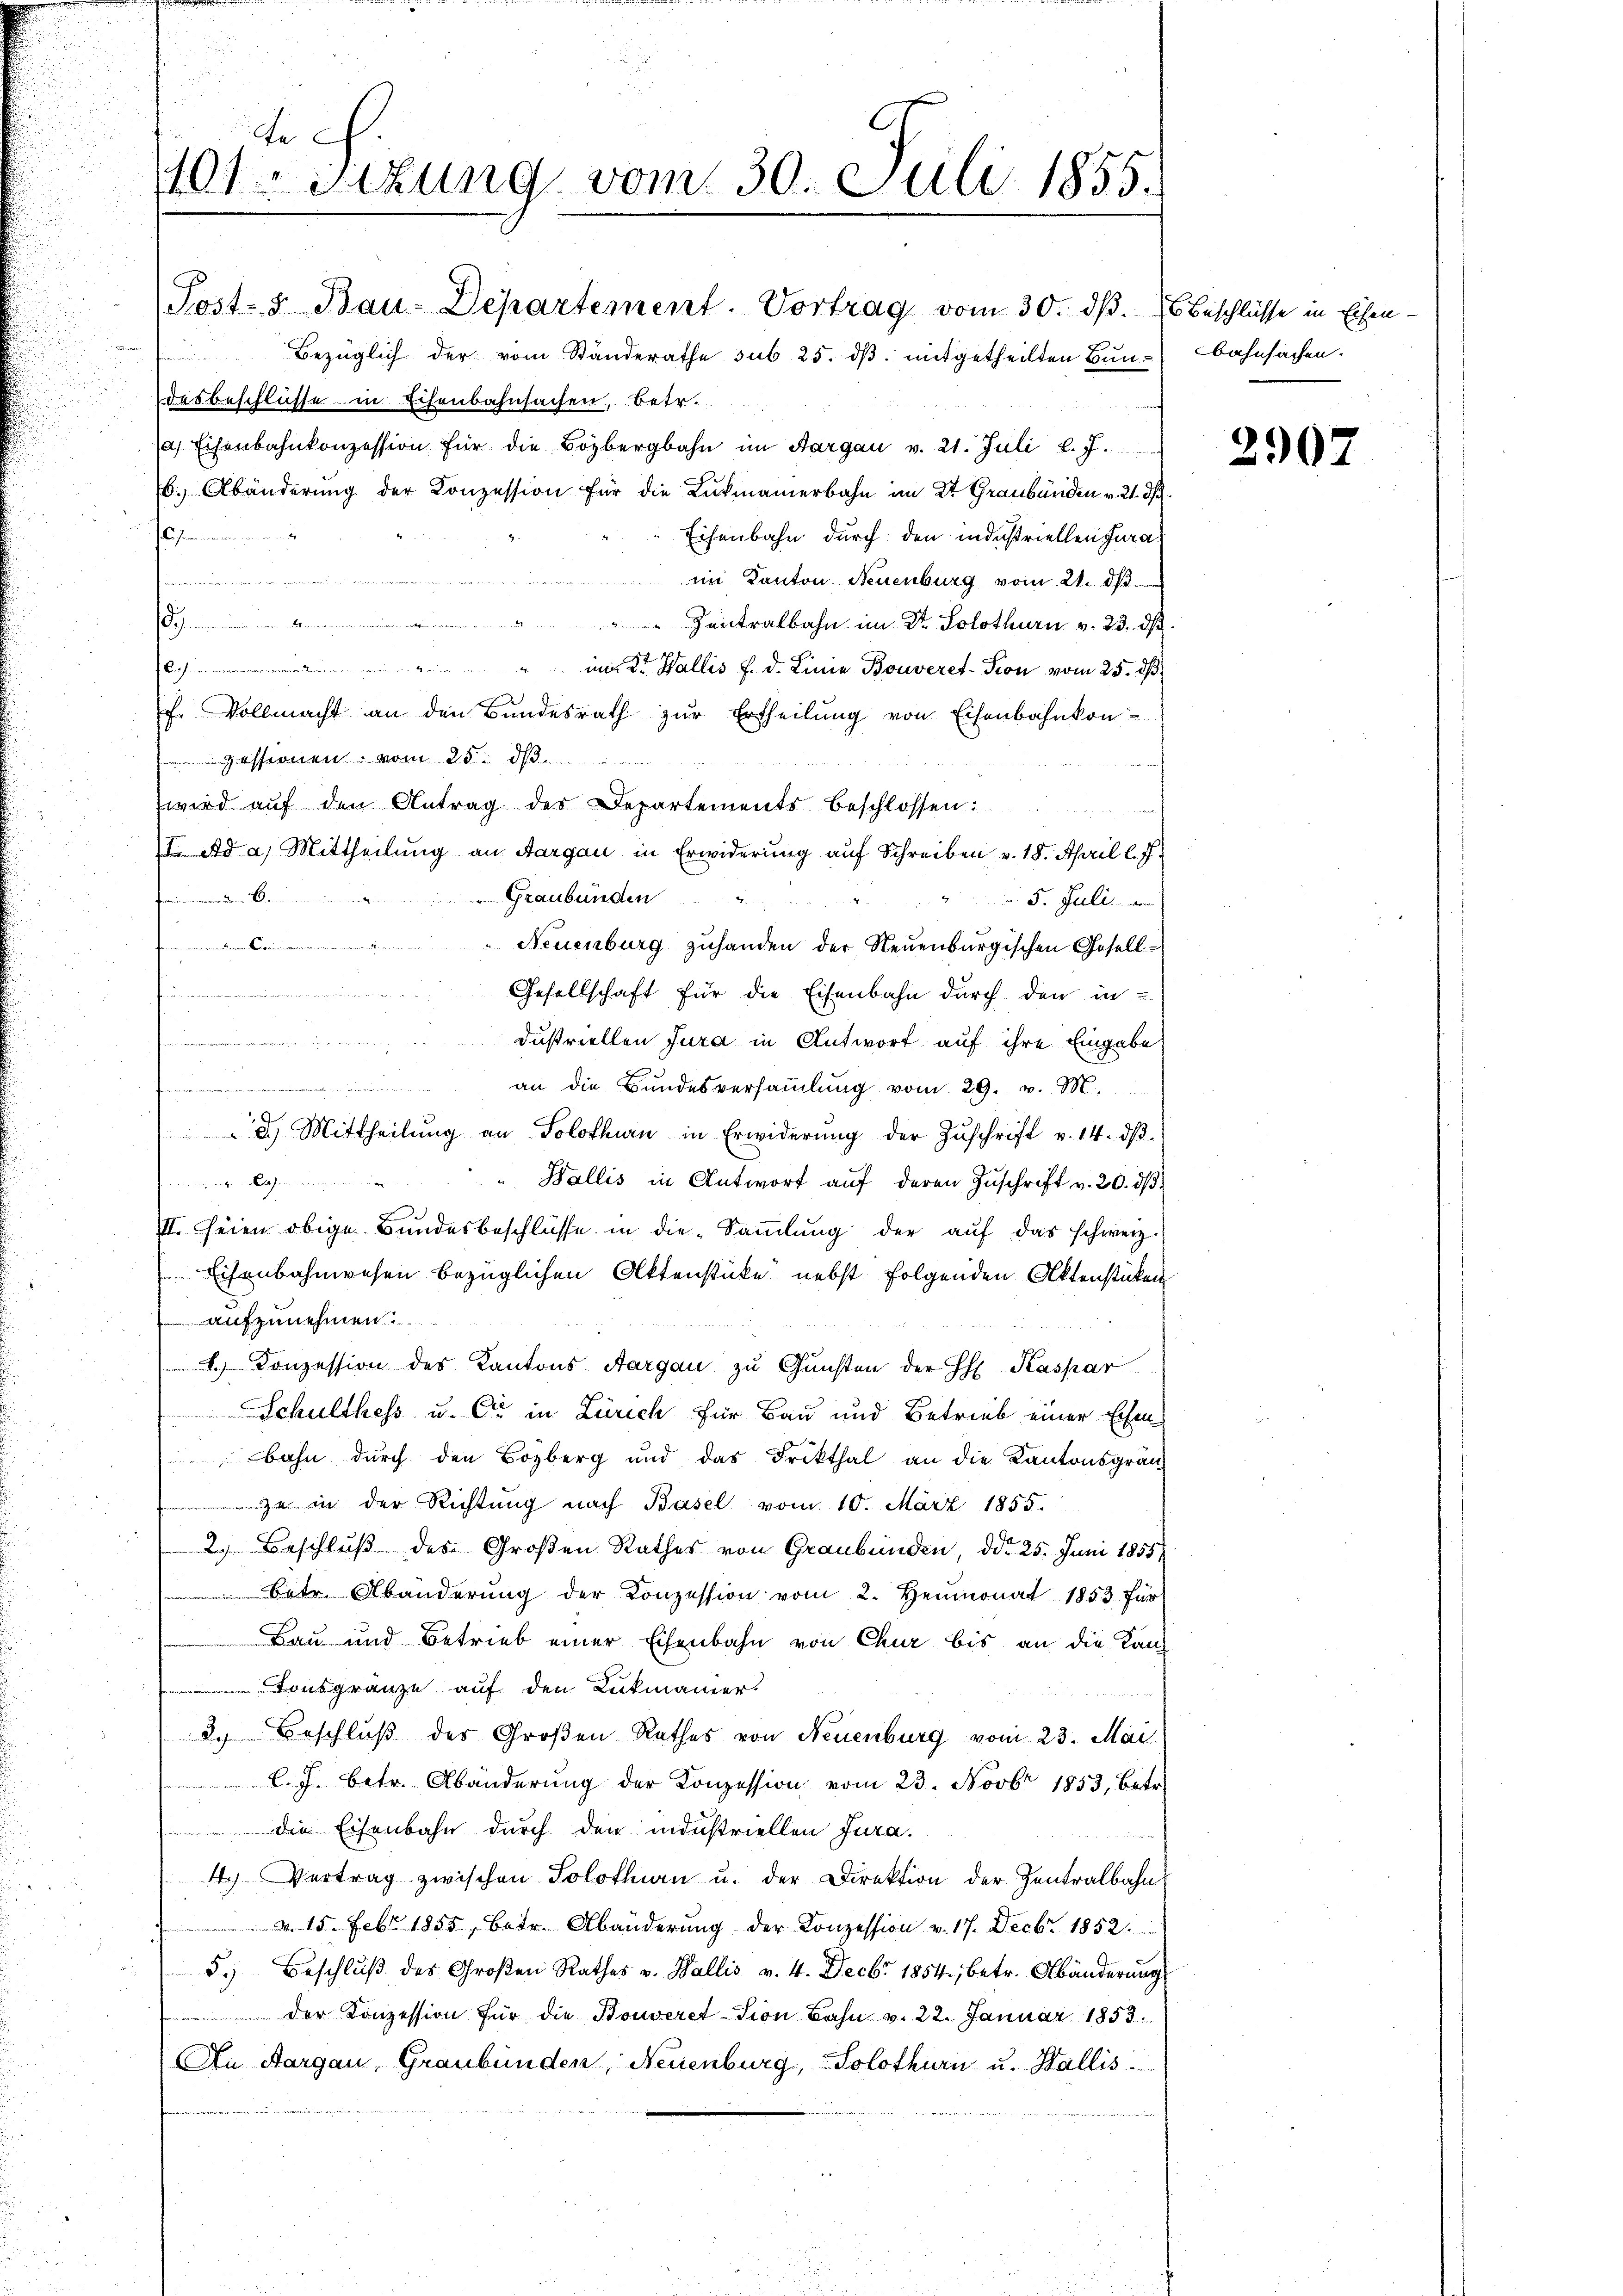
tech
101 Sizung vom 30. Juli 1855.

Post- u Bau-Departement. Vortrag vom 30. dβ. Beschlüsse in Eisen-
Bezüglich der vom Ständerathe sub 25. dβ mitgetheilten Bundesbeschlüsse in Eisenbahnsachen, betr.
a Eisenbahnkonzession für die Bozbergbahn im Aargau v. 21. Juli l. J.
b. Abänderŭng der Konzession für die Lukmanerbahn im Dr. Graubünden v. 21. dß.
Es sein mein
Eisenbahn durch den industriellen Jura¬

im Kanton Neuenburg vom 21. ds.
.
" Zentralbahn im Dr. Solothurn v. 23. ds.
2 M. Wallis f. d. Linie Bouveret-Tion vom 25. dß.
f. Vollmacht an den Bundesrath zur Ertheilung von Eisenbahnkonpessinnen, vom 25. dh.
e
wird aŭf den Antrag des Departementsbeschlossen:
¬
I. Ad a. Mittheilung an Aargau in Erwiderung auf Schreiben v. 18. April l. J.
Graubünden
 A
 5. Juli an
.
Neuenburg zuhanden der Neuenburgischen Gesell¬
.Gesellschaft für die Eisenbahn durch den in
dustriellen Jura in Antwort auf ihre Eingabe
.
an die Bundesversaṁlŭng vom 29. v. M.
2.) Mittheilŭng an Solothurn in Erwiderŭng der Zŭschrift v. 14. dβ.
innung erachen an einen
" Wallis in Antwort auf deren Zuschrift v. 20. dβ
II. Seien obige Bundesbeschlüsse in die Sammlung der auf das schweiz.
Eisenbahnwesen bezüglichen Aktenstücke nebst folgenden Aktenstücken
aufzunehmen.....
) Konzession des Kantons Aargau zu Gunsten der H. Kaspar
Schulthess u. Cie in Zürich für Bau und Betrieb einer Eisen
bahn durch den Bozberg und das Frikthal an die Kantonsgränz
zu in der Richtung nach Basel vom 10. März 1855.
2.) Beschluß des Großen Rathes von Graubünden, ddo 25. Juni 1855
betr. Abänderŭng der Konzession vom 2. Heumonat 1853. für
Bau und Betrieb einer Eisenbahn von Chur bis an die Kan¬
Tonsgränze auf den Lukmanier
3. Beschluß des Großen Rathes von Neuenburg vom 23. Mai
C. J. betr. Abänderŭng der Konzession vom 23. Novbr 1853, betr.
die Eisenbahn durch den industriellen Jura.
4.) Vertrag zwischen Solothurn u. der Direktion der Zentralbahn
 d 15. Febr. 1855, betr. Abänderŭng der Konzession v. 17. Decbr. 1852.
5.) Beschlŭβ des Großen Rathes v. Wallis v. 4. Decbr 1854, betr. Abänderungs
der Konzession für die Bouveret-Sion Bahn v. 22. Januar 1853.
An Aargau, Graubünden, Neuenburg, Solothurn u. Wallis

.

bahnsachen.

2907